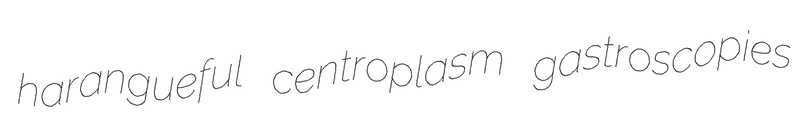
harangueful centroplasm gastroscopies